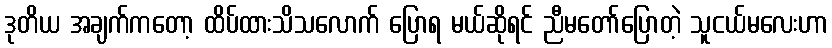
ဒုတိယ အချက်ကတော့ ထိပ်ထားသိသလောက် ပြောရ မယ်ဆိုရင် ညီမတော်ပြောတဲ့ သူငယ်မလေးဟာ